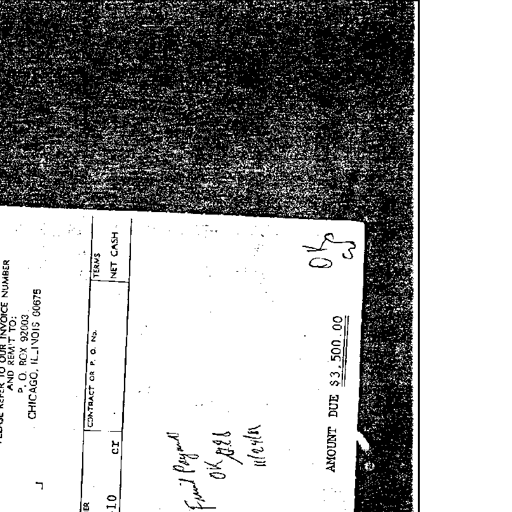
AND REMIT TO:
P. O. BOX 92003
CHICAGO, ILLINOIS 60675
CONTRACT OR P. O. NO.
TERMS
NET CASH
CR
AMOUNT DUE $ 3,500.00
Final Payment
OK AB
11/24/81
OK
CS